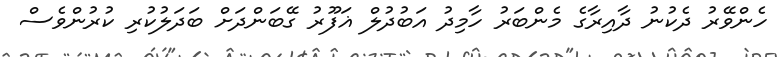
ހެންވޭރު ދެކުނު ދާއިރާގެ މެންބަރު ހާމިދު އަބުދުލް ޣަފޫރު ގޭބަންދަށް ބަދަލުކުރި ކުރުންވެސް